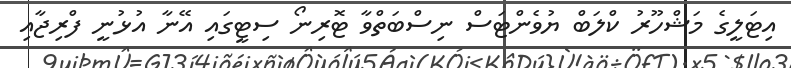
އިޓަލީގެ މަޝްހޫރު ކްލަބް ޔުވެންޓަސް ނިސްބަތްވާ ޓޮރިނޯ ސިޓީގައި އޭނާ އުޅުނީ ފްރިޖާއި